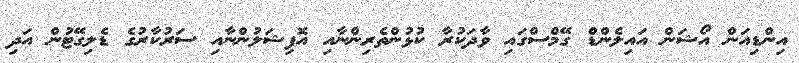
އިންޑިއަން އޯޝަން އައިލެންޑް ގޭމްސްގައި ވާދަކުރާ ކުޅުންތެރިންނާއި އޮފިޝަލުންނާއި ސަރުކާރުގެ ޑެލިގޭޓުން އަދި